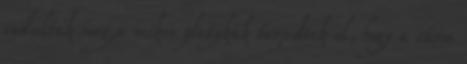
indultak meg,a mikor pletykák terjedtek el, hogy a város